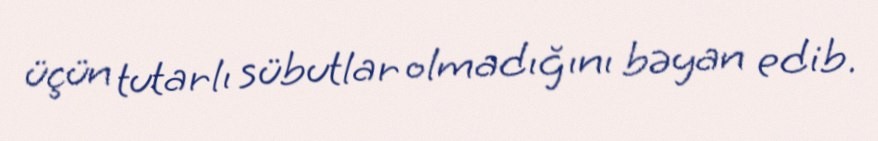
üçün tutarlı sübutlar olmadığını bəyan edib.